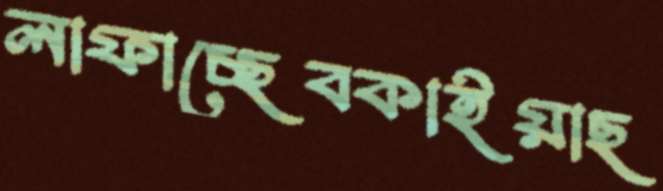
লাফাচ্ছেবকাইয়াছ